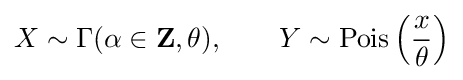
X\sim \Gamma (\alpha \in \mathbf {Z} ,\theta ),\qquad Y\sim \operatorname {Pois} \left({\frac {x}{\theta }}\right)